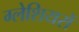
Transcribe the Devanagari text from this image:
ग्‍लेशियरों